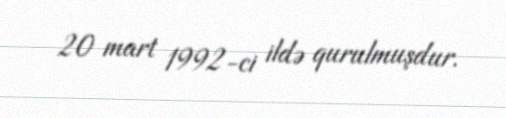
20 mart 1992-ci ildə qurulmuşdur.